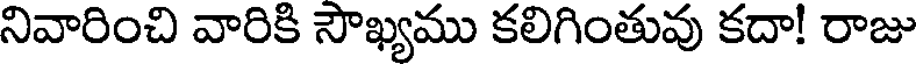
నివారించి వారికి సౌఖ్యము కలిగింతువు కదా! రాజు